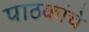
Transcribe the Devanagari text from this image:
पाठकांचे